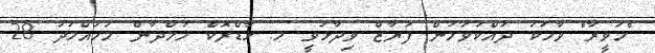
"ހަވީރާ" ވާހަކަ ދައްކަވަމުން ފަޔާޒް ވިދާޅުވީ މ. ހާޑްރޮކް ހަމްދާން މުހައްމަދު 28